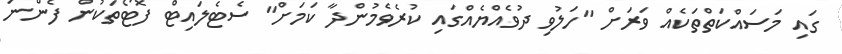
ގައި މަސައްކަތްތަކެއް ވަރަށް "ހަލުވި ދުވެއްޔެއްގައި ކުރެވެމުންދާ ކަމަށް" ސެޓެލައިޓް ފޮޓޯތަކުން ފެންނަ